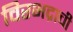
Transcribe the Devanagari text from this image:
विरभद्राची